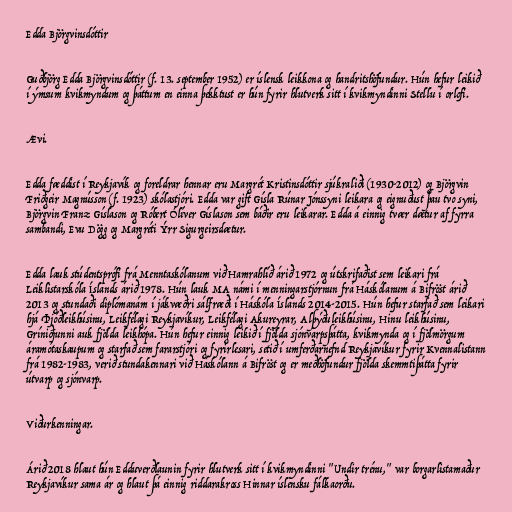
Edda Björgvinsdóttir

Guðbjörg Edda Björgvinsdóttir (f. 13. september 1952) er íslensk leikkona og handritshöfundur. Hún hefur leikið
í ýmsum kvikmyndum og þáttum en einna þekktust er hún fyrir hlutverk sitt í kvikmyndinni Stellu í orlofi.

Ævi.

Edda fæddist í Reykjavík og foreldrar hennar eru Margrét Kristinsdóttir sjúkraliði (1930-2012) og Björgvin
Friðgeir Magnússon (f. 1923) skólastjóri. Edda var gift Gísla Rúnar Jónssyni leikara og eignuðust þau tvo syni,
Björgvin Franz Gíslason og Róbert Ólíver Gíslason sem báðir eru leikarar. Edda á einnig tvær dætur af fyrra
sambandi, Evu Dögg og Margréti Ýrr Sigurgeirsdætur.

Edda lauk stúdentsprófi frá Menntaskólanum við Hamrahlíð árið 1972 og útskrifaðist sem leikari frá
Leiklistarskóla Íslands árið 1978. Hún lauk MA námi í menningarstjórnun frá Háskólanum á Bifröst árið
2013 og stundaði diplómanám í jákvæðri sálfræði í Háskóla Íslands 2014-2015. Hún hefur starfað sem leikari
hjá Þjóðleikhúsinu, Leikfélagi Reykjavíkur, Leikfélagi Akureyrar, Alþýðuleikhúsinu, Hinu leikhúsinu,
Gríniðjunni auk fjölda leikhópa. Hún hefur einnig leikið í fjölda sjónvarpsþátta, kvikmynda og í fjölmörgum
áramótaskaupum og starfað sem fararstjóri og fyrirlesari, setið í umferðarnefnd Reykjavíkur fyrir Kvennalistann
frá 1982-1983, verið stundakennari við Háskólann á Bifröst og er meðhöfundur fjölda skemmtiþátta fyrir
útvarp og sjónvarp.

Viðurkenningar.

Árið 2018 hlaut hún Edduverðlaunin fyrir hlutverk sitt í kvikmyndinni "Undir trénu," var borgarlistamaður
Reykjavíkur sama ár og hlaut þá einnig riddarakross Hinnar íslensku fálkaorðu.